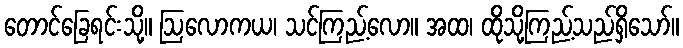
တောင်ခြေရင်းသို့။ ဩလောကယ၊ သင်ကြည့်လော။ အထ၊ ထိုသို့ကြည့်သည်ရှိသော်။